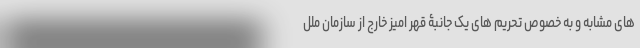
های مشابه و به خصوص تحریم های یک جانبۀ قهر امیز خارج از سازمان ملل